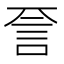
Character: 𬢝